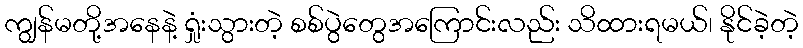
ကျွန်မတို့အနေနဲ့ ရှုံးသွားတဲ့ စစ်ပွဲတွေအကြောင်းလည်း သိထားရမယ်၊ နိုင်ခဲ့တဲ့